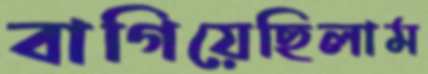
বাগিয়েছিলাম